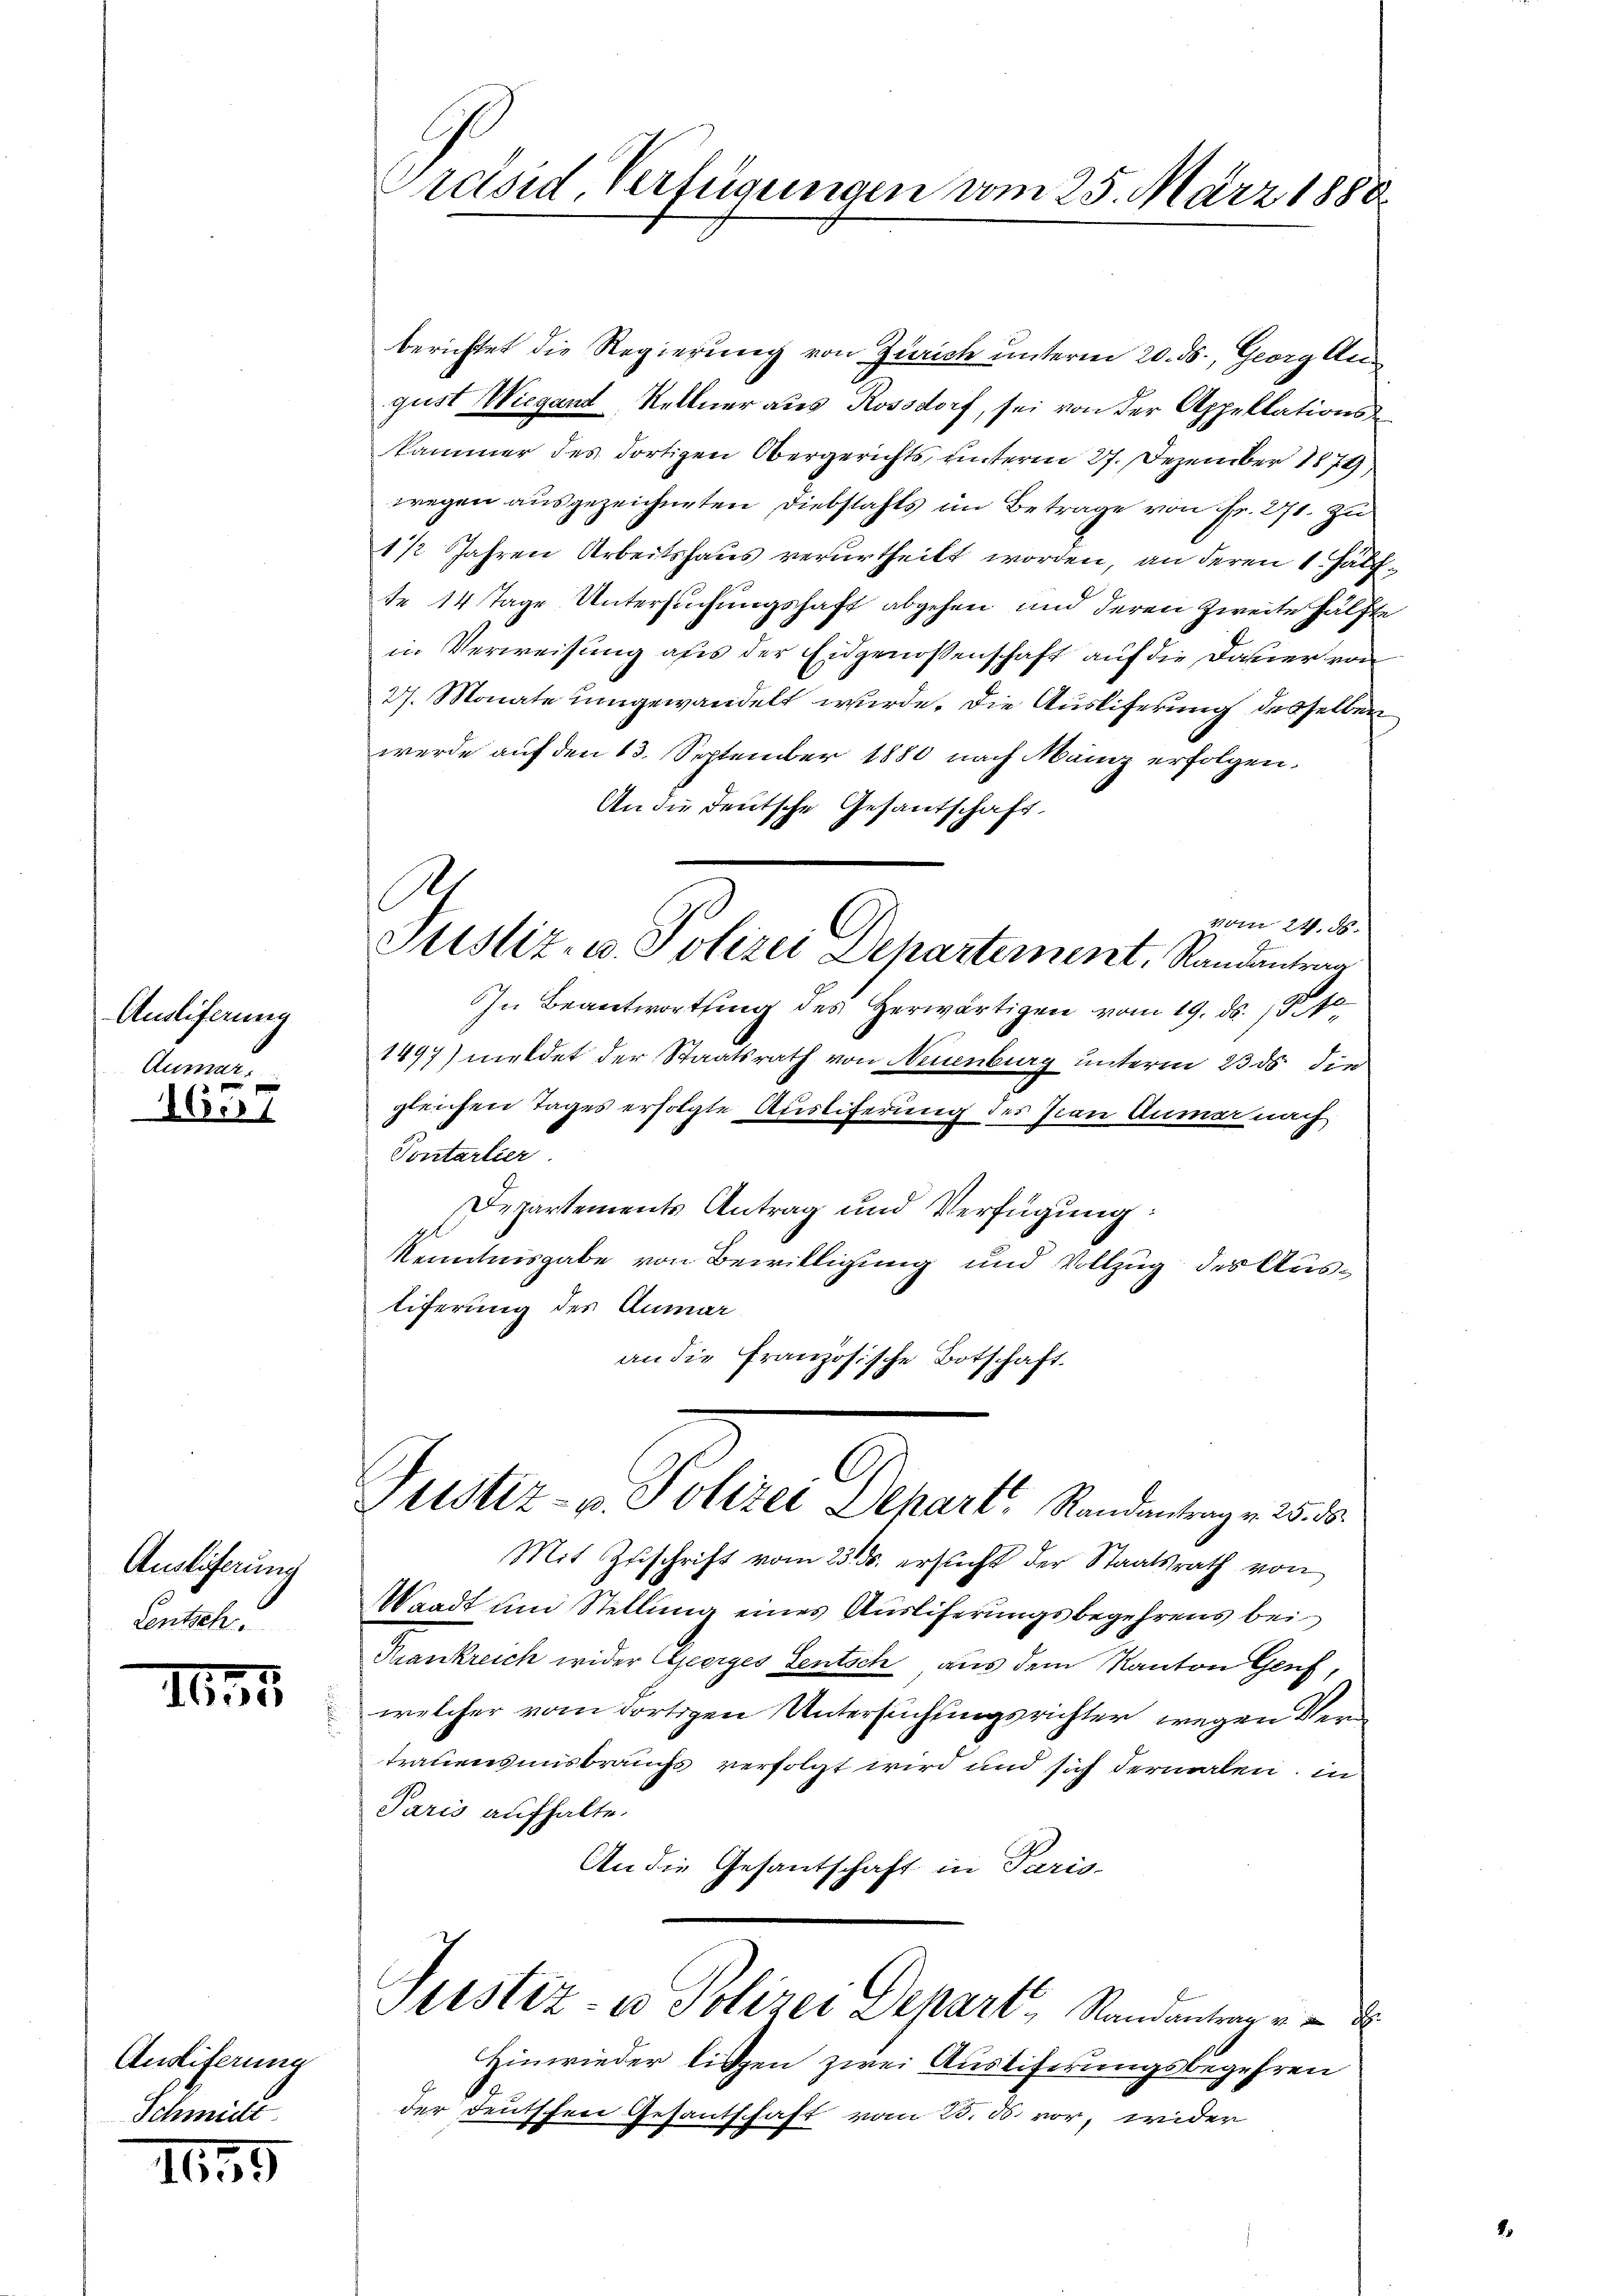
Auslieferung
Anmann

1657

Auslieferung
Lentsch.

I

Auslieferung
Schmide

1675

Präsid. Verfügungen vom 25. März 1888.

A
Justiz- u. Polizei Dehartement, Randantrag

berichtet die Regierung von Zürich unterm 20. ds., Georg Aus
gust Wiegant, Kellner aus Rossdorf, sei von der Appellationskammer des dortigen Obergerichts unterm 27. Dezember 1879
wegen ausgezeichneten Diebstahls im Betrage von Fr. 271. zu
1 1/2 Jahren Arbeitshaus verurtheilt worden, an deren 1. hälfte 14 Tage Untersuchungshaft abgehen und deren Zweite Hälfte
in Verweisung als der Eidgenossenschaft auf die Dauer von
27. Monate umgewandelt wurde. Die Ausliferung desselben
werde auf den 13. September 1880 nach März erfolgen.
An die deutsche Gesantschaft
vom 24. ds.
In Beantwortung des Herwärtigen vom 19. ds. 1910
1497) meldet der Staatsrath von Neuenburg unterm 23. ds die
gleichen Tages erfolgte Auslieferung des Jan Dumar nach
Pontartier
Departements Antrag und Verfügung:
Kenntnisgabe von Bewilligung und Vollzug des Austiferung des Anmar
an die Französische Botschaft.
Justiz- u. Polizei Dehart, Randantrag v. 25. ds.
Mit Zuschrift vom 23. ds. ersucht der Staatsrath von
Waadt um Stellung eines Ausliferungsbegehrens bei
Krankreich wider Geerges Sentsch aus dem Kanton Genf,
welcher vom dortigen Untersuchungsrichter wegen Vertrauensmisbrauchs verfolgt wird und sich dermalen, in
Paris aufhalte.
An die Gesantschaft in Paris-
Justiz- u Polizei Depart Standantrage d
Hinwieder liszen zwei Austiferungsbegehren
der Deutschen Gesantschaft vom 23. ds. vor, wider